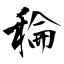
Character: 稐